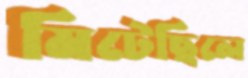
মিটেছিলে